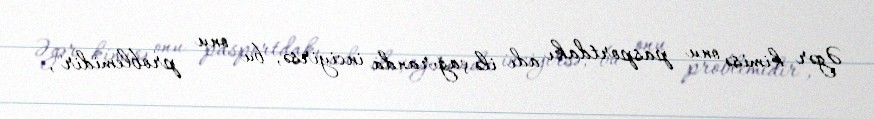
Əgər kimisə onu pasportdakı adı ilə çağıranda inciyirsə, bu onu problemidir", -